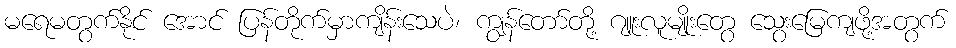
မရေမတွက်နိုင် အောင် ပြန်တိုက်မှာကျိန်းသေပဲ၊ ကျွန်တော်တို့ ဂျူးလူမျိုးတွေ သွေးမြေကျဖို့အတွက်